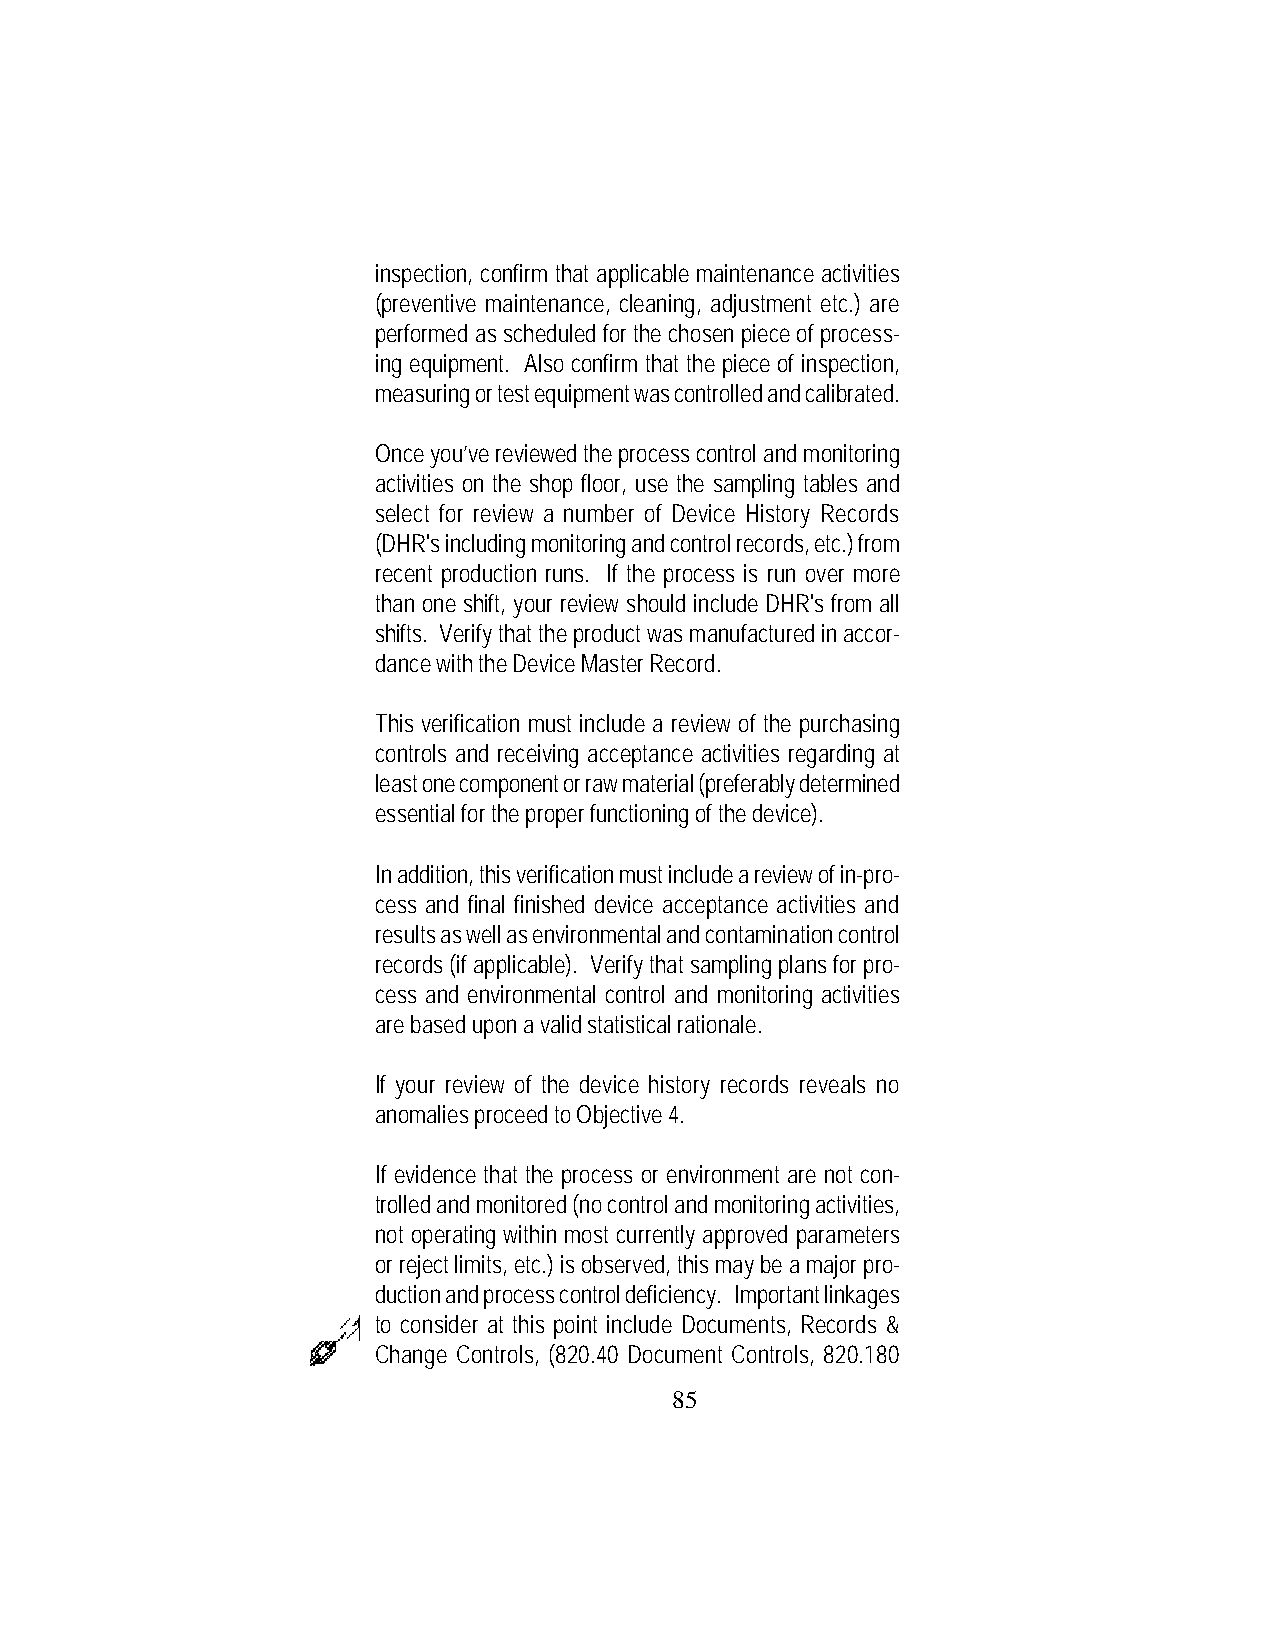
inspection, confirm that applicable maintenance activities
 (preventive maintenance, cleaning, adjustment etc.) are
 performed as scheduled for the chosen piece of process-
 ing equipment. Also confirm that the piece of inspection,
 measuring or test equipment was controlled and calibrated.
 Once you’ve reviewed the process control and monitoring
 activities on the shop floor, use the sampling tables and
 select for review a number of Device History Records
 (DHR's including monitoring and control records, etc.) from
 recent production runs. If the process is run over more
 than one shift, your review should include DHR's from all
 shifts. Verify that the product was manufactured in accor-
 dance with the Device Master Record.
 This verification must include a review of the purchasing
 controls and receiving acceptance activities regarding at
 least one component or raw material (preferably determined
 essential for the proper functioning of the device).
 In addition, this verification must include a review of in-pro-
 cess and final finished device acceptance activities and
 results as well as environmental and contamination control
 records (if applicable). Verify that sampling plans for pro-
 cess and environmental control and monitoring activities
 are based upon a valid statistical rationale.
 If your review of the device history records reveals no
 anomalies proceed to Objective 4.
 If evidence that the process or environment are not con-
 trolled and monitored (no control and monitoring activities,
 not operating within most currently approved parameters
 or reject limits, etc.) is observed, this may be a major pro-
 duction and process control deficiency. Important linkages
 to consider at this point include Documents, Records &
 Change Controls, (820.40 Document Controls, 820.180
 85